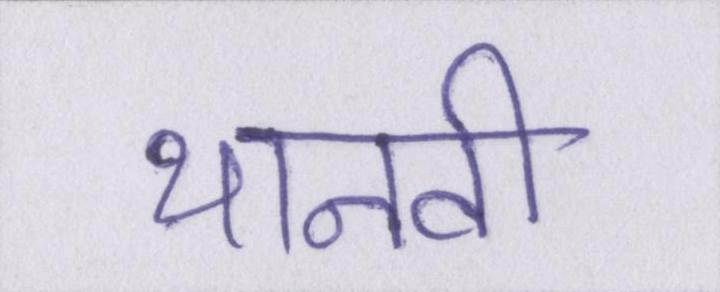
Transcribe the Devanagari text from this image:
थानवी